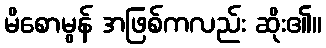
မိစောမွန် အဖြစ်ကလည်း ဆိုး၏။